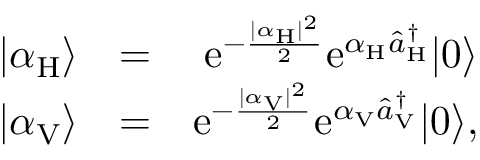
\begin{array} { r l r } { | \alpha _ { \mathrm { H } } \rangle } & { = } & { \mathrm { e } ^ { - \frac { | \alpha _ { \mathrm { H } } | ^ { 2 } } { 2 } } \mathrm { e } ^ { \alpha _ { \mathrm { H } } \hat { a } _ { \mathrm { H } } ^ { \dagger } } | 0 \rangle } \\ { | \alpha _ { \mathrm { V } } \rangle } & { = } & { \mathrm { e } ^ { - \frac { | \alpha _ { \mathrm { V } } | ^ { 2 } } { 2 } } \mathrm { e } ^ { \alpha _ { \mathrm { V } } \hat { a } _ { \mathrm { V } } ^ { \dagger } } | 0 \rangle , } \end{array}